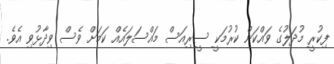
ފިކުރީ މުދަލުގެ ވައްކަން ކުރުމަކީ ސީރިއަސް މައްސަލައެއް ކަމަށް ވެސް ވިދާޅުވި އެވެ.